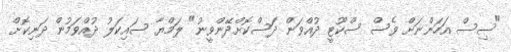
"ސިސް އަހަންނަށް ވެސް ސްކޫޓީ ދުއްވަން ދަސްކޮށްދޭންވީނު" ލަމްޔާ ސައިކަލު ދުއްވަމުން ދަނިކޮށް